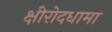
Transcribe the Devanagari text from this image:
क्षीरोदधामा